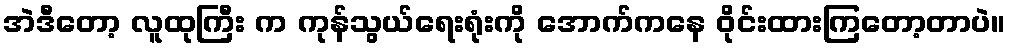
အဲဒီတော့ လူထုကြီး က ကုန်သွယ်ရေးရုံးကို အောက်ကနေ ဝိုင်းထားကြတော့တာပဲ။